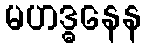
မဟဒ္ဓနေန